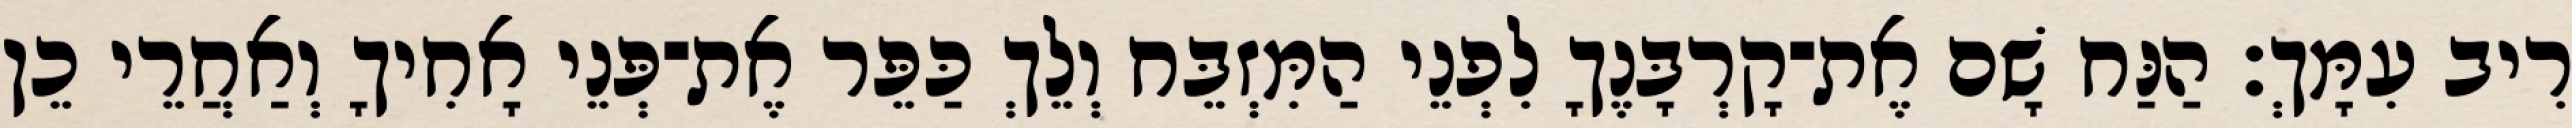
רִיב עִמָּךְ׃ הַנַּח שָׁם אֶת־קָרְבָּנֶךָ לִפְנֵי הַמִּזְבֵּח וְלֵךְ כַּפֵּר אֶת־פְּנֵי אָחִיךָ וְאַחֲרֵי כֵן